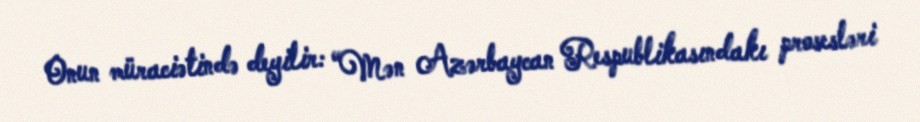
Onun müraciətində deyilir: “Mən Azərbaycan Respublikasındakı prosesləri